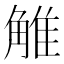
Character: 𧣽